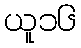
ယူ၁၆